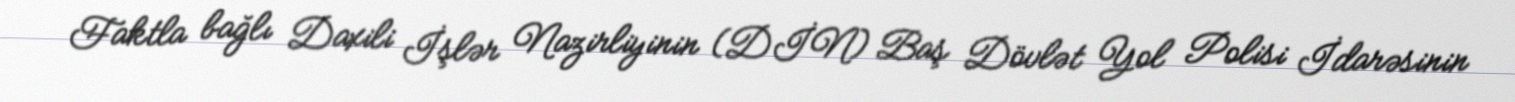
Faktla bağlı Daxili İşlər Nazirliyinin (DİN) Baş Dövlət Yol Polisi İdarəsinin